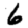
Digit: 6